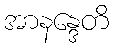
အာနန္ဒေတိ